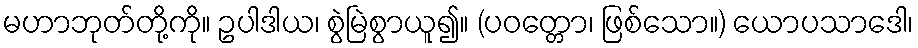
မဟာဘုတ်တို့ကို။ ဥပါဒါယ၊ စွဲမြဲစွာယူ၍။ (ပဝတ္တော၊ ဖြစ်သော။) ယောပသာဒေါ၊